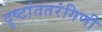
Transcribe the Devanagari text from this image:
दृष्टांततरंगिणी